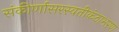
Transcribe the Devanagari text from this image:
संकीर्णासरस्वतीकंठाभरण